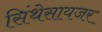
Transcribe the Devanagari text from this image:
सिंथेसायजर